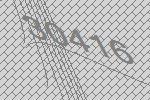
30416